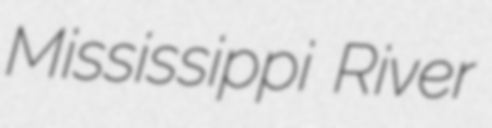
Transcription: Mississippi River